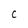
Character: C